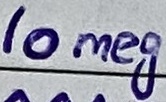
Text: 10meg